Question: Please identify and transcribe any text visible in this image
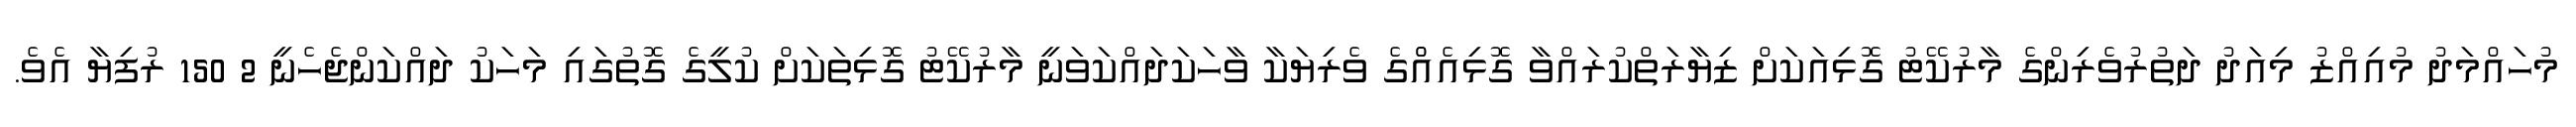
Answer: މުހައްމަދު މުއިއްޒު މިއަދު ދަތުރުވެރިންގެ މާރުކޭޓު ގޮޅިއަކަށް ޒިޔާރަތްކުރައްވާ ގޮޅިއެއްްގެ ވެރިޔަކާ ވާހަކަދައްކަވަނީ މާރުކޭޓު ގޮޅިތަކަށް ކުލީގެ ގޮތުގައި މަހަކު ދައްކަންޖެހެނީ 2 150 ރުފިޔާ އެވެ.